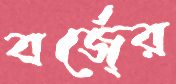
বর্জে্র